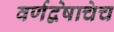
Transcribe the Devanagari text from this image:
वर्णद्वेषाचेच